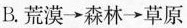
B.荒漠\rightarrow森林\rightarrow草原